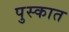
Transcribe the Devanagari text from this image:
पुस्कात